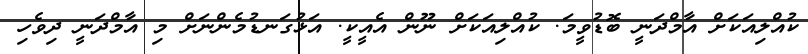
ކުއްލިއަކަށް އާމްދަނީ ބޮޑުވީމަ. ކުއްލިއަކަށް ނޫން އެއީކީ. އަޅުގަނޑުމެންނަށް މި އާމްދަނީ ދިވެހި